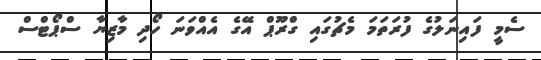
ސެމީ ފައިނަލުގެ ފުރަތަމަ މެޗުގައި ގްރޫޕް އޭގެ އެއްވަނަ ހޯދި މާޒިޔާ ސްޕޯޓްސް